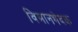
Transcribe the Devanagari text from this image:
विमानभेदक